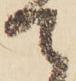
て